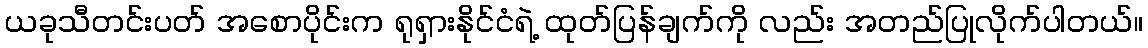
ယခုသီတင်းပတ် အစောပိုင်းက ရုရှားနိုင်ငံရဲ့ ထုတ်ပြန်ချက်ကို လည်း အတည်ပြုလိုက်ပါတယ်။